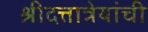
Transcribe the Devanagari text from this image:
श्रीदत्तात्रेयांची